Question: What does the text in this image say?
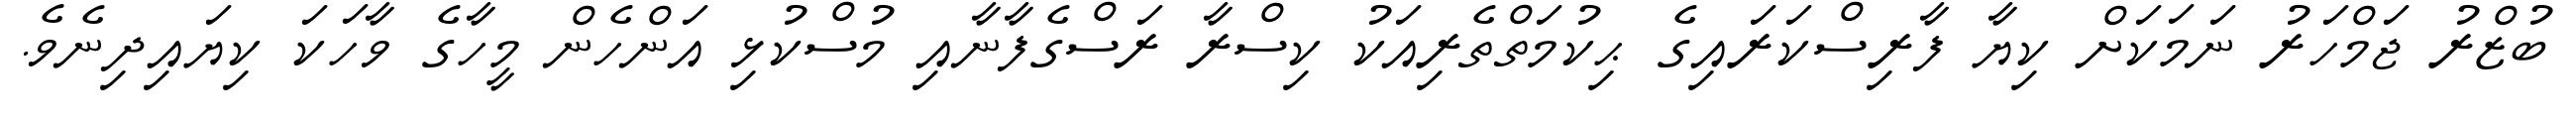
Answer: ބުޒްރު ޖަމްހަރު ނަމަކަށް ކިޔާ ފާރިސްކަރައިގެ ޙިކުމަތްތެރިއަކު ކިސްރާ ރަސްގެފާނާއި މުސްކުޅި އަންހެން މީހާގެ ވާހަކަ ކިޔައިދިނެވެ.